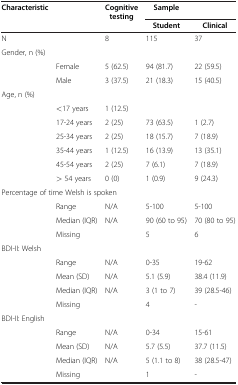
| <ROWSPAN=2> Characteristic | <ROWSPAN=2>  | <ROWSPAN=2> Cognitive testing | Sample |  |
 | Student | Clinical |
 | --- | --- | --- | --- | --- |
 | N |  | 8 | 115 | 37 |
 | <COLSPAN=5> Gender, n (%) |
 |  | Female | 5 (62.5) | 94 (81.7) | 22 (59.5) |
 |  | Male | 3 (37.5) | 21 (18.3) | 15 (40.5) |
 | <COLSPAN=5> Age, n (%) |
 |  | <17 years | 1 (12.5) |  |  |
 |  | 17-24 years | 2 (25) | 73 (63.5) | 1 (2.7) |
 |  | 25-34 years | 2 (25) | 18 (15.7) | 7 (18.9) |
 |  | 35-44 years | 1 (12.5) | 16 (13.9) | 13 (35.1) |
 |  | 45-54 years | 2 (25) | 7 (6.1) | 7 (18.9) |
 |  | > 54 years | 0 (0) | 1 (0.9) | 9 (24.3) |
 | <COLSPAN=5> Percentage of time Welsh is spoken |
 |  | Range | N/A | 5-100 | 5-100 |
 |  | Median (IQR) | N/A | 90 (60 to 95) | 70 (80 to 95) |
 |  | Missing |  | 5 | 6 |
 | <COLSPAN=5> BDI-II: Welsh |
 |  | Range | N/A | 0-35 | 19-62 |
 |  | Mean (SD) | N/A | 5.1 (5.9) | 38.4 (11.9) |
 |  | Median (IQR) | N/A | 3 (1 to 7) | 39 (28.5-46) |
 |  | Missing |  | 4 | - |
 | <COLSPAN=5> BDI-II: English |
 |  | Range | N/A | 0-34 | 15-61 |
 |  | Mean (SD) | N/A | 5.7 (5.5) | 37.7 (11.5) |
 |  | Median (IQR) | N/A | 5 (1.1 to 8) | 38 (28.5-47) |
 |  | Missing |  | 1 | - |